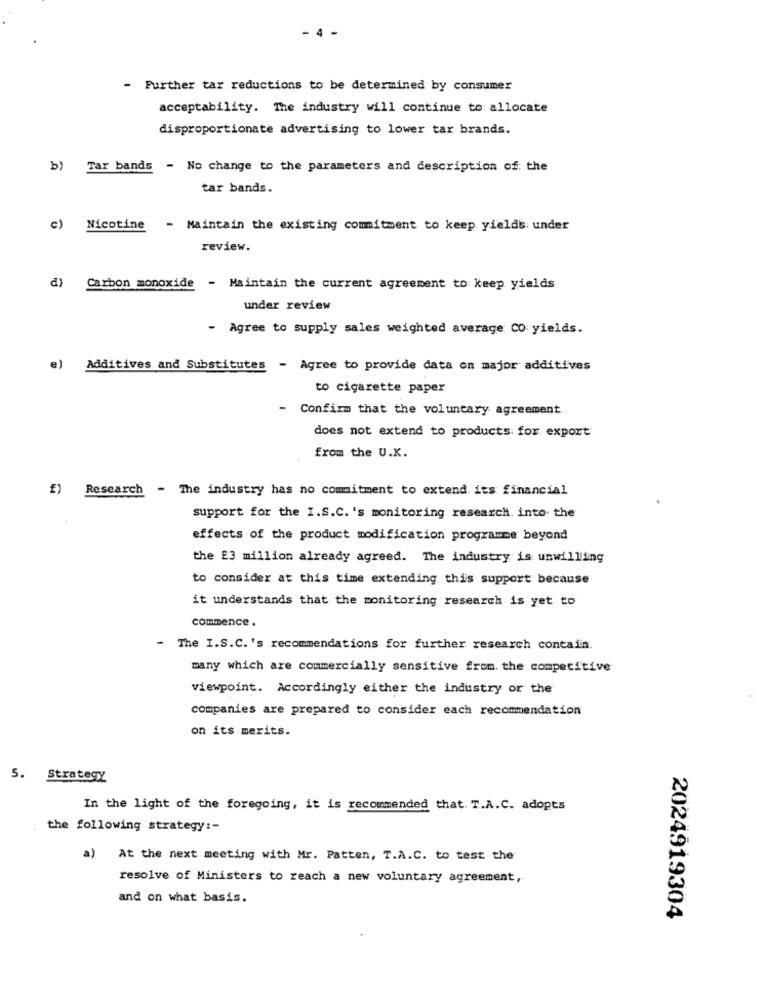
- 4
- Further tar reductions to be determined by consumer
acceptability. The industry will continue to allocate
disproportionate advertising to lower tar brands.
b) Tar bands - No change to the parameters and description of the
tar bands.
c) Nicotine - Maintain the existing commitment to keep yields under
review.
d) Carbon monoxide - Maintain the current agreement to keep yields.
under review
- Agree to supply sales weighted average Co yields.
e) Additives and Substitutes - Agree to provide data on major additives
to cigarette paper
- Confirm that the voluntary agreement.
does not extend to products for export
from the U.K.
£) Research
- The industry has no commitment to extend its financial
support for the I.S.C. 's monitoring research. into the
effects of the product modification programme beyond
the £3 million already agreed. The industry is unwilling
to consider at this time extending this support because
it understands that the monitoring research is yet to
commence.
The I.S.C.'s recommendations for further research contain.
many which are commercially sensitive from. the competitive
viewpoint. Accordingly either the industry or the
companies are prepared to consider each recommendation
on its merits.
5. Strategy
In the light of the foregoing, it is recommended that. T.A.C. adopts
the following strategy :-
a) At the next meeting with Mr. Patten, T.A.C. to test the
resolve of Ministers to reach a new voluntary agreement,
and on what basis.
2024919304